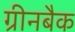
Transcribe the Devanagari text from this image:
ग्रीनबैक